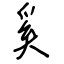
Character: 奚